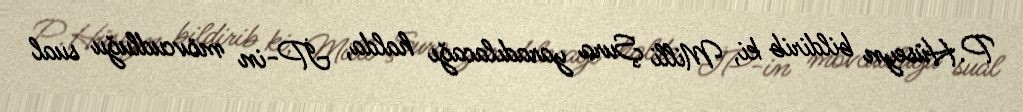
P.Hüseyn bildirib ki, Milli Şura yaradılacağı halda, İP-in mövcudluğu sual